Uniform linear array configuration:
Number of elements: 12
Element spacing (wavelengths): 0.75
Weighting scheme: kaiser
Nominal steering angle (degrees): -45
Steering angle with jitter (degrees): -46.508
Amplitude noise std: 0.05
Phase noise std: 0.05

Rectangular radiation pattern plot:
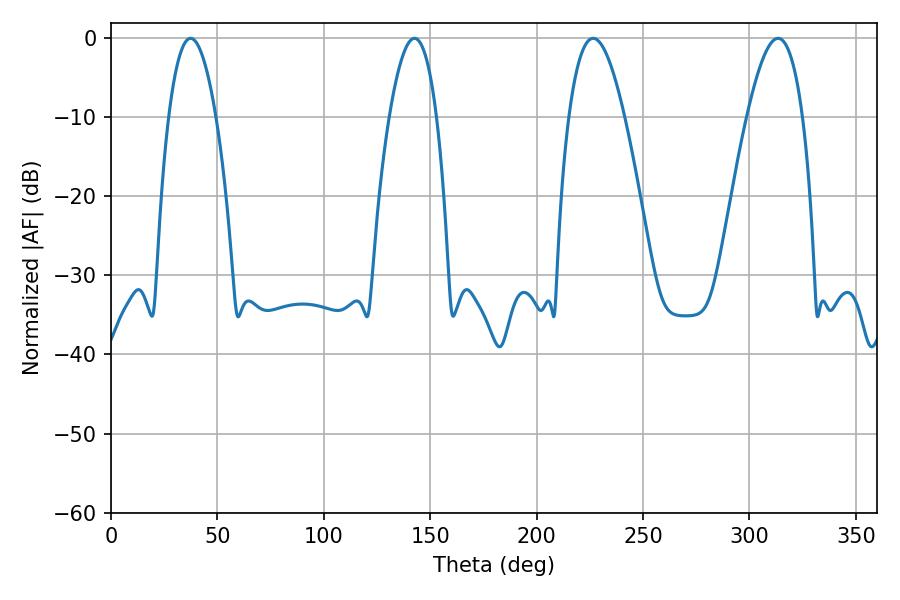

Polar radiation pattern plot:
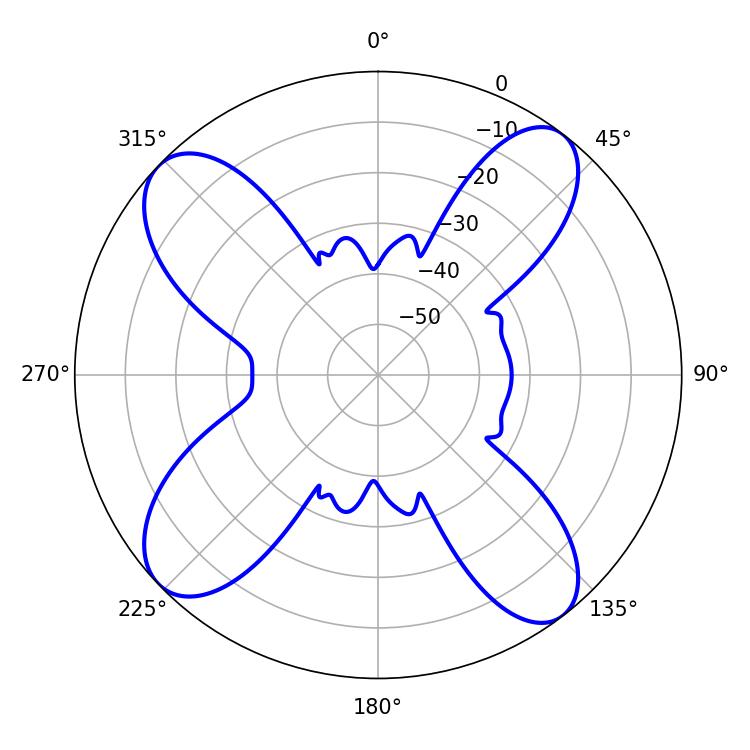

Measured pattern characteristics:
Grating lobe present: TRUE
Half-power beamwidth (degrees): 12.24
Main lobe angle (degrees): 37.44